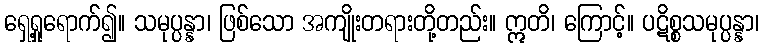
ရှေ့ရှုရောက်၍။ သမုပ္ပန္နာ၊ ဖြစ်သော အကျိုးတရားတို့တည်း။ ဣတိ၊ ကြောင့်။ ပဋိစ္စသမုပ္ပန္နာ၊